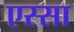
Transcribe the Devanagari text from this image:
एस्सा